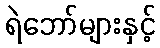
ရဲဘော်များနှင့်